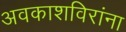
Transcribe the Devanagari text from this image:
अवकाशविरांना